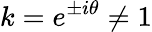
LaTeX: k=e^{\pm i\theta}\neq 1